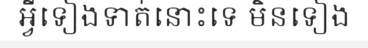
អ្វីទៀងទាត់នោះទេ មិនទៀង